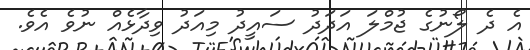
އެ ދެ ލޯނުގެ ޖުމްލަ އަދަދު ސައީދު މިއަދު ވިދާޅެއް ނުވެ އެވެ.